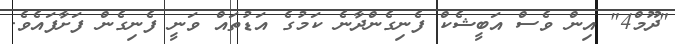
"ދޫމް4" އިން ވެސް އަބީޝެކް ފެނިގެންދާނެ ކަމުގެ އަޑުތައް ވަނީ ފެނިގެން ފަށާފައެވެ.